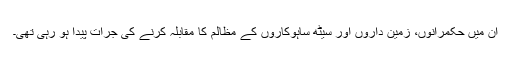
اُن میں حکمرانوں، زمین داروں اور سیٹھ ساہوکاروں کے مظالم کا مقابلہ کرنے کی جرأت پیدا ہو رہی تھی۔